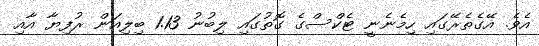
އެވެ. އޭގެތެރޭގައި ހިމެނެނީ ޓެކްސްގެ ގޮތުގައި ލިބުނު 1.13 ބިލިއަން ރުފިޔާ އާއި